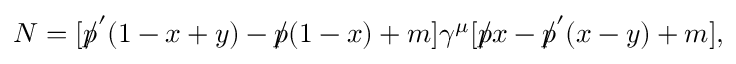
{ \cal N } = [ p \llap / ^ { \prime } ( 1 - x + y ) - p \llap / ( 1 - x ) + m ] \gamma ^ { \mu } [ p \llap / x - p \llap / ^ { \prime } ( x - y ) + m ] ,